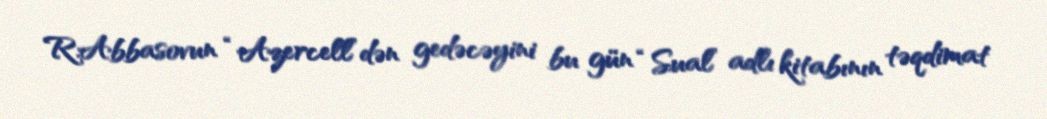
R.Abbasovun “Azercell”dən gedəcəyini bu gün “Sual” adlı kitabının təqdimat